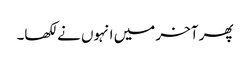
پھر آخر میں انہوں نے لکھا۔